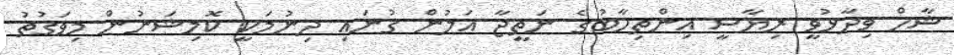
ޝާހް ވިދާޅުވީ ރިޔާސީ އިންތިހާބުގެ ނަތީޖާ އަލުން ގުނައި ދިނުމަކީ ކޮމިޝަނުން މިވަގުތު